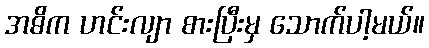
အဓိက ဟင်းလျာ စားပြီးမှ သောက်ပါ့မယ်။